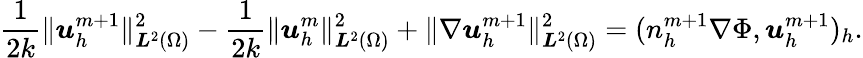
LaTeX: \frac{1}{2k}\| {\boldsymbol u}_{h}^{m+1}\| _{{\boldsymbol L}^{2}(\Omega)}^{2}-\frac{1}{2k}\| {\boldsymbol u}_{h}^{m}\| _{{\boldsymbol L}^{2}(\Omega)}^{2}+\| \nabla{\boldsymbol u}_{h}^{m+1}\| _{{\boldsymbol L}^{2}(\Omega)}^{2}=(n_{h}^{m+1}\nabla\Phi,{\boldsymbol u}_{h}^{m+1})_{h}.